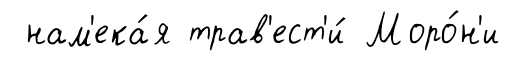
нам'ека́я трав'ест'и́ Моро́н'и